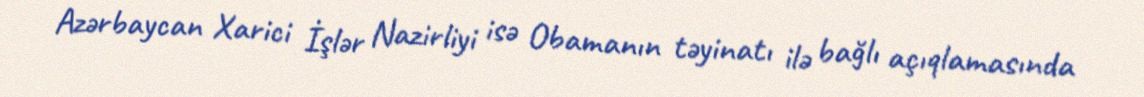
Azərbaycan Xarici İşlər Nazirliyi isə Obamanın təyinatı ilə bağlı açıqlamasında